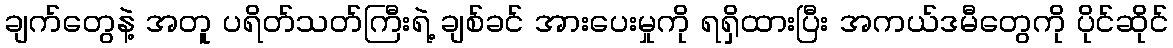
ချက်တွေနဲ့ အတူ ပရိတ်သတ်ကြီးရဲ့ ချစ်ခင် အားပေးမှုကို ရရှိထားပြီး အကယ်ဒမီတွေကို ပိုင်ဆိုင်